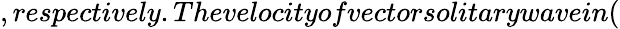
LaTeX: ,respectively.Thevelocityofvectorsolitarywavein(